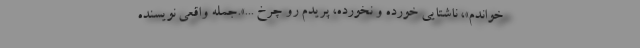
خواندم»، ناشتایى خورده و نخورده، پریدم رو چرخ ...».جمله واقعی نویسنده